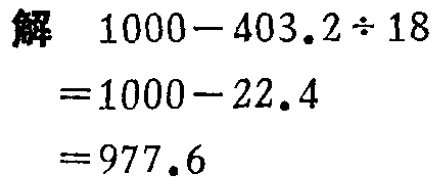
解
\[
\begin{align*}
&1000 - 403.2\div18\\
=&1000 - 22.4\\
=&977.6
\end{align*}
\]